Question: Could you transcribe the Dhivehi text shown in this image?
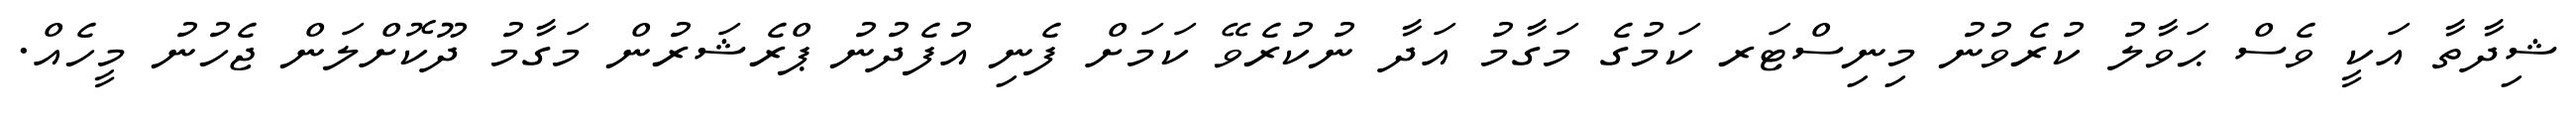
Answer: ޝިދާތާ އަކީ ވެސް ޙަވާލު ކުރެވުނު މިނިސްޓަރ ކަމުގެ މަގާމު އަދާ ނުކުރެވޭ ކަމަށް ފެނި އުފެދުނު ޕްރެޝަރުން މަގާމު ދޫކޮށްލަން ޖެހުނު މީހެއް.